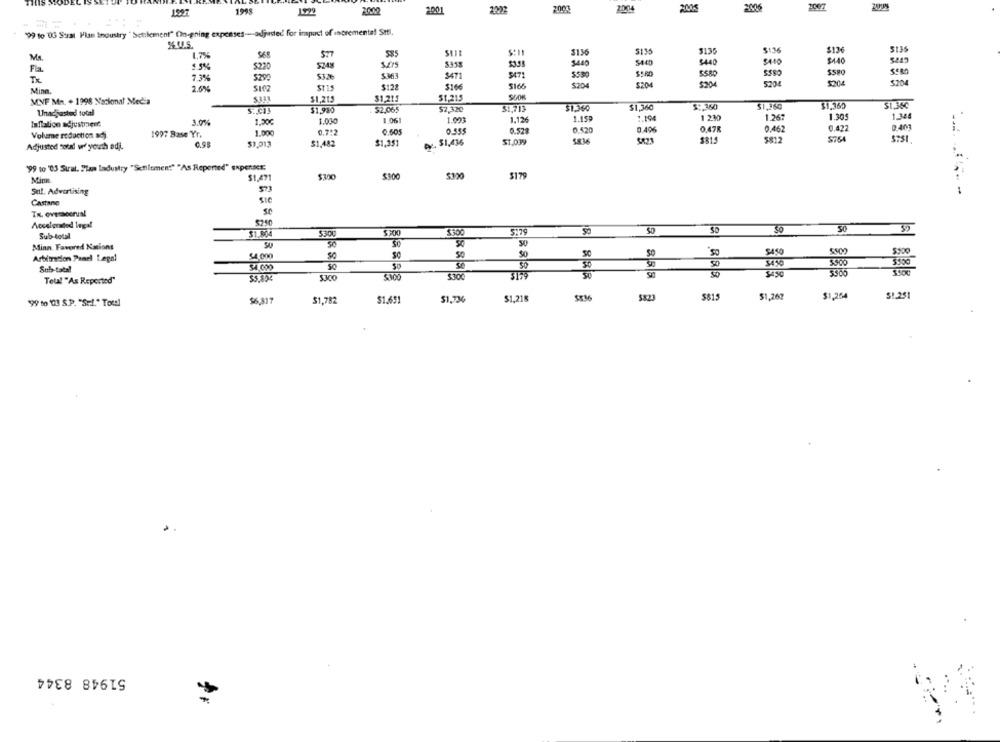
2003
2006
1997
1999
2002
2001
2004
199 to 03 Surat Plan Inoustry " Settlement" On-gning expenses -- adjusted for impact of incremento! Sttl.
SU.S.
$136
5135
5130
5:36
$126
5135
MA
1,7%
577
3410
$440
$220
5248
$315
3400
5440
$440
Fla.
$363
$471
$471
5530
SSRO
Tx
7.3%
5290
$3.26
5204
$204
Mina
2.6%
Suez
$122
3166
5166
$204
S204
$204
5204
$1,215
51.215
MYF MR. + 1998 Nacional Media
$1,215
Unadjusted total
$1,980
52.065
$2,320
$1,713
$1,340
$1,360
$ :, 360
$1,360
$1.360
1.0%
1.001
1.12€
1.150
1.194
1 230
1.267
1.305
1.344
Inflation adjustment.
3.0%
1.000
0.422
1997 Base Yr.
1.000
0.7º2
0.605
0-555
0.52#
0.420
0.406
0.478
0.462
Volume reduction adj.
$1.351
ey. $1,436
$1.039
5836
$823
$815
$812
S754
Adjusted sou w/ youth adj.
$1,013
$1,482
"9 to '03 Stral. "tam Industry "Setilemen!" "As Repented" expeRE:
Mim
$1,471
$300
$300
$320
$179
Sutl. Advertising
573
sie
Castane
Tx. oversooral
se
$210
Accelerated legal
$ 200
$300
5.79
$0
50
Sub total
$1.804
530℃
Minn. Favored Nations
$0
SC
SO
Arbitration Panel Legni
54.000
SC
Sub-total
50
3450
3179
3450
Tela! "As Reported"
$300
$823
5815
$1,262
$1,254
51.251
"99 to 00 S.P. "Se.f." Total
$6,817
$1,782
$1.611
51.736
$1,218
51948 8344